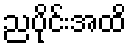
ညပိုင်းအထိ